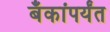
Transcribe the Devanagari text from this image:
बँकांपर्यंत